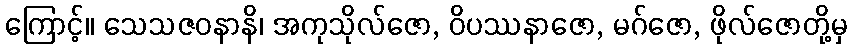
ကြောင့်။ သေသဇဝနာနိ၊ အကုသိုလ်ဇော, ဝိပဿနာဇော, မဂ်ဇော, ဖိုလ်ဇောတို့မှ